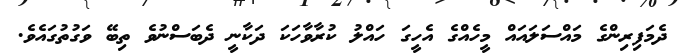
ދެމަފިރިންގެ މައްސަލައައް މީހެއްގެ އެހީގަ ހައްލު ކުރާވާހަކަ ދަކާނީ ދެބަސްނުވެ ތިބޭ ވަގުތުގައެވެ.